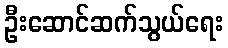
ဦးဆောင်ဆက်သွယ်ရေး